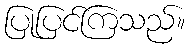
ပြုပြင်ကြသည်။